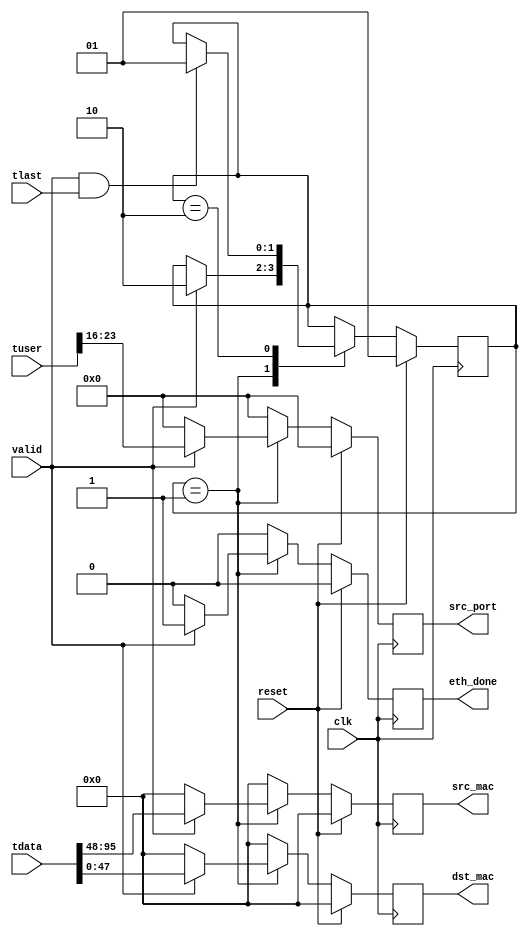
/*******************************************************************************
*
* Copyright (C) 2010, 2011 The Board of Trustees of The Leland Stanford
*                          Junior University
* Copyright (C) 2010, 2011 Muhammad Shahbaz
* Copyright (C) 2015 Gianni Antichi
* All rights reserved.
*
* This software was developed by
* Stanford University and the University of Cambridge Computer Laboratory
* under National Science Foundation under Grant No. CNS-0855268,
* the University of Cambridge Computer Laboratory under EPSRC INTERNET Project EP/H040536/1 and
* by the University of Cambridge Computer Laboratory under DARPA/AFRL contract FA8750-11-C-0249 ("MRC2"), 
* as part of the DARPA MRC research programme.
*
* @NETFPGA_LICENSE_HEADER_START@
*
* Licensed to NetFPGA C.I.C. (NetFPGA) under one or more contributor
* license agreements. See the NOTICE file distributed with this work for
* additional information regarding copyright ownership. NetFPGA licenses this
* file to you under the NetFPGA Hardware-Software License, Version 1.0 (the
* "License"); you may not use this file except in compliance with the
* License. You may obtain a copy of the License at:
*
* http://www.netfpga-cic.org
*
* Unless required by applicable law or agreed to in writing, Work distributed
* under the License is distributed on an "AS IS" BASIS, WITHOUT WARRANTIES OR
* CONDITIONS OF ANY KIND, either express or implied. See the License for the
* specific language governing permissions and limitations under the License.
*
* @NETFPGA_LICENSE_HEADER_END@
*
*/
/******************************************************************************
*
* File:
* 	eth_parser.v
*
*  Module:
*        eth_parser
*
*  Author:
*        Gianni Antichi, Muhammad Shahbaz
*
* Description:
* 	parsing of the L2 header
*
*/

  `timescale 1ns/1ps

  module eth_parser
    #(parameter C_S_AXIS_DATA_WIDTH  = 256,
      parameter C_S_AXIS_TUSER_WIDTH = 128,
      parameter SRC_PORT_POS         = 16,
      parameter NUM_QUEUES           = 8
    )
    (
      // --- Interface to the previous stage
      input  [C_S_AXIS_DATA_WIDTH-1:0]   tdata,
      input  [C_S_AXIS_TUSER_WIDTH-1:0]  tuser,
      input                              valid,
      input 				             tlast,

      // --- Interface to output_port_lookup
      output reg [47:0]                  dst_mac,
      output reg [47:0]                  src_mac,
      output reg                         eth_done,
      output reg [NUM_QUEUES-1:0]        src_port,
  
      // --- Misc
      input                              reset,
      input                              clk
    );
    
 // ------------ Internal Params --------

   localparam NUM_STATES         = 2;
   localparam READ_MAC_ADDRESSES = 1;
   localparam WAIT_EOP           = 2;

   // ------------- Regs/ wires -----------

   reg [47:0]                  dst_mac_w;
   reg [47:0]                  src_mac_w;
   reg                         eth_done_w;
   reg [NUM_QUEUES-1:0]        src_port_w;
   
   reg [NUM_STATES-1:0]        state, state_next;

   // ------------ Logic ----------------

   always @(*) begin
      src_mac_w      = 0;
      dst_mac_w      = 0;
      eth_done_w     = 0;
      src_port_w     = 0;
      state_next     = state;
      
	  case(state)
        /* read the input source header and get the first word */
        READ_MAC_ADDRESSES: begin
           if(valid) begin
              src_port_w   = tuser[SRC_PORT_POS+7:SRC_PORT_POS];
              dst_mac_w    = tdata[47:0];
              src_mac_w    = tdata[95:48];
	          eth_done_w   = 1;
              state_next = WAIT_EOP;
           end
        end // case: READ_WORD_1

        WAIT_EOP: begin
           if(valid && tlast)
              state_next = READ_MAC_ADDRESSES;
           end
      endcase // case(state)
   end // always @ (*)

   always @(posedge clk) begin
      if(reset) begin
	     src_port <= {NUM_QUEUES{1'b0}};
		 dst_mac  <= 48'b0;
		 src_mac  <= 48'b0;
		 eth_done <= 0;
		 
         state  <= READ_MAC_ADDRESSES;
      end
      else begin
	     src_port <= src_port_w;
		 dst_mac  <= dst_mac_w;
		 src_mac  <= src_mac_w;
		 eth_done <= eth_done_w;
		 
         state  <= state_next;
      end // else: !if(reset)
   end // always @ (posedge clk)

endmodule // ethernet_parser